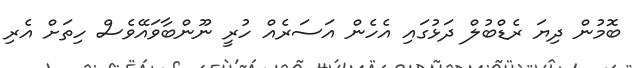
ބޮމުން ދިޔަ ރެޑްބުލް ދަޅުގައި އެހެން އަސަރެއް ހުރީ ނޫންބާވައޭވެސް ހިތަށް އެރި